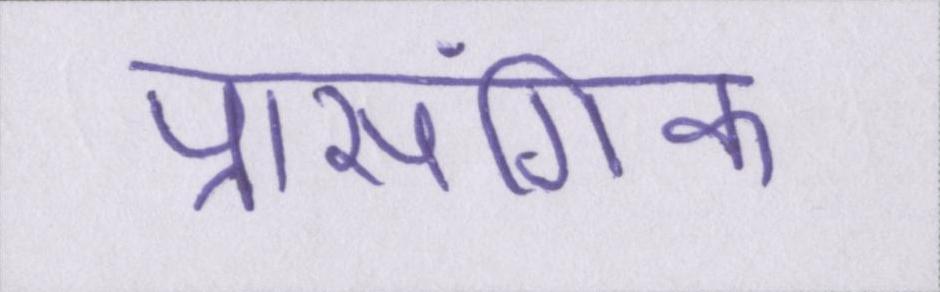
प्रासंगिक